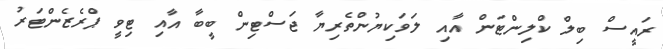
ރައީސް ބިލް ކްލިންޓަން އާއި ލަވަކިޔުންތެރިޔާ ޖަސްޓިން ބީބާ އާއި ޓިވީ ޕްރެޒެންޓަރު